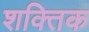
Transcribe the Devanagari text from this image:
शक्तिक